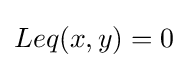
Leq(x,y)=0